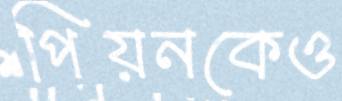
পিয়নকেও